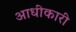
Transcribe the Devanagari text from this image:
आधीकारी